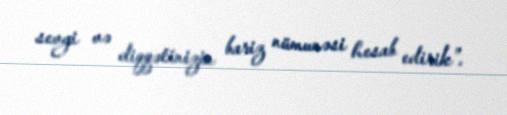
sevgi və diqqətinizin bariz nümunəsi hesab edirik”.